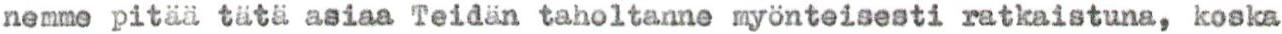
nemme pitää tätä asiaa Teidän taholtanne myönteisesti ratkaistuna, koska